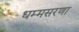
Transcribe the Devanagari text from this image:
धम्मसरणा